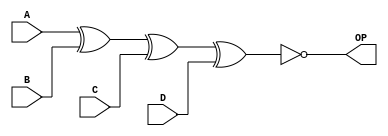
module odd_parity_generator(OP, A, B ,C, D ); //declares module

	input wire A, B ,C, D; //defines input wires A, B, C, D
	output wire OP; //defines output wire Odd parity
	assign OP = ~(A ^ B ^ C ^ D) ; //Logical expression for odd parity

endmodule //ends module